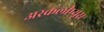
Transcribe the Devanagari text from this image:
अस्कलीप्यूस